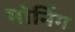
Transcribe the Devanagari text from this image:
मोनिंग